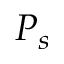
P _ { s }